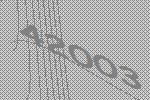
42003